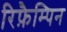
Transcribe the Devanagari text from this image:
रिफ़ैम्पिन